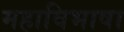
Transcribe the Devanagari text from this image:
महाविभाषा